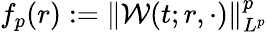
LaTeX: f_{p}(r):=\| \mathcal{W}(t;r,\cdot)\| _{L^{p}}^{p}